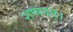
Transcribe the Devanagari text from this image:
शष्पवत्‌।